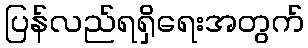
ပြန်လည်ရရှိရေးအတွက်